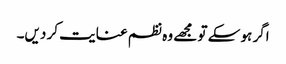
اگر ہو سکے تو مجھے وہ نظم عنایت کر دیں۔